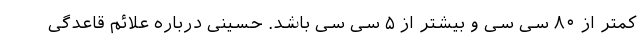
کمتر از ۸۰ سی سی و بیشتر از ۵ سی سی باشد. حسینی درباره علائم قاعدگی